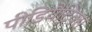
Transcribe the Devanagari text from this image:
पीडियैट्रिक्स